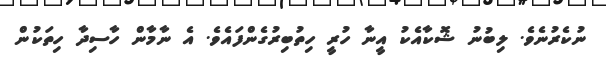
ނުކެރުނެވެ. ލިބުނު ޝޮކާއެކު އީނާ ހުރީ ހިތުބިރުގެންފައެވެ. އެ ނާމާން ހާސިދާ ހިތަކުން